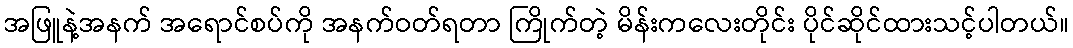
အဖြူနဲ့အနက် အရောင်စပ်ကို အနက်ဝတ်ရတာ ကြိုက်တဲ့ မိန်းကလေးတိုင်း ပိုင်ဆိုင်ထားသင့်ပါတယ်။